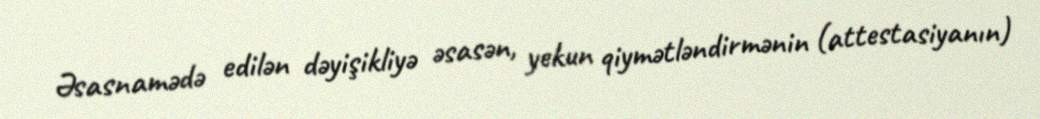
Əsasnamədə edilən dəyişikliyə əsasən, yekun qiymətləndirmənin (attestasiyanın)